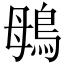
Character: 䳇